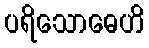
ပရိသောဓေဟိ